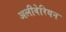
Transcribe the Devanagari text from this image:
अलीवेरियन